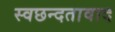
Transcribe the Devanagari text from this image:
स्वछन्दतावाद